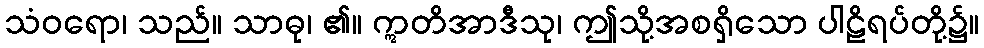
သံဝရော၊ သည်။ သာဓု၊ ၏။ ဣတိအာဒီသု၊ ဤသို့အစရှိသော ပါဠိရပ်တို့၌။